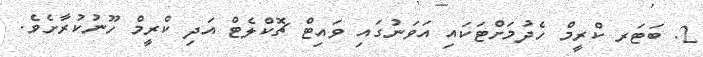
2. ބަޓަރ ކްރީމް ހެދުމަށްޓަކައި އަވަނުގައި ވައިޓް ޗޮކްލެޓް އަދި ކްރީމް ހޫނުކުރާށެވެ.